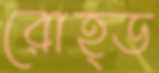
রোহ্ড